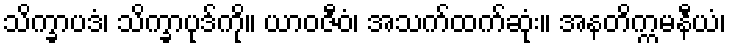
သိက္ခာပဒံ၊ သိက္ခာပုဒ်ကို။ ယာဝဇီဝံ၊ အသက်ထက်ဆုံး။ အနတိက္ကမနီယံ၊